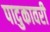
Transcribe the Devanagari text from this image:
पादुकावरी